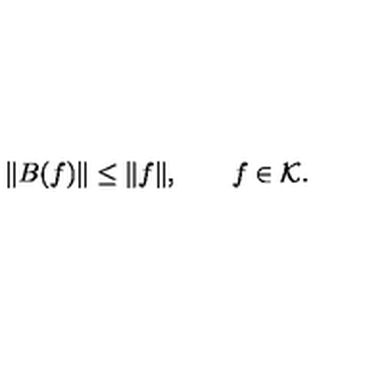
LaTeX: \| B ( f ) \| \le \| f \| , \qquad f \in { \cal K } .